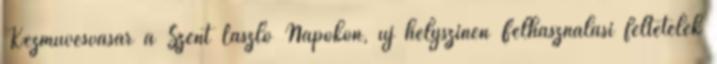
Kézművesvásár a Szent László Napokon, új helyszínen Felhasználási feltételek